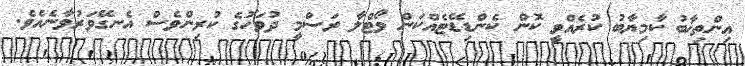
އިންތިޚާބު ކާމިޔާބު ކުރެއްވީ ކޮން ކެންޑިޑޭޓެއްކަން ވޯޓްލާ ރަސްމީ ދުވަހުގެ ކުރިންވެސް އެނގޭވަރުވާނެއެވެ.